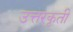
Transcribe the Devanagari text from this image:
उत्तरकृती